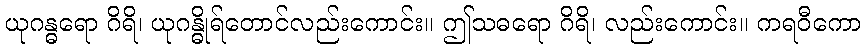
ယုဂန္ဓရော ဂိရိ၊ ယုဂန္ဓိုရ်တောင်လည်းကောင်း။ ဤသဓရော ဂိရိ၊ လည်းကောင်း။ ကရဝီကော